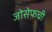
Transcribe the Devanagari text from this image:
जोसेफची